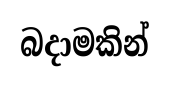
බදාමකින්